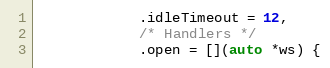
Language: C++
            .idleTimeout = 12,
            /* Handlers */
            .open = [](auto *ws) {